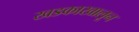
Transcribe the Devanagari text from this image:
खडकाखालून